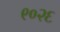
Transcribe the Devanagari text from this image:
९०२६